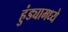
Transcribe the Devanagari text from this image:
हुंड्यामध्ये